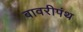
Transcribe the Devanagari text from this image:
बावरीपंथ